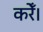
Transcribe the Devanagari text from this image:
करेँ।